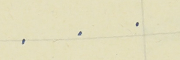
.    .    .